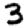
Digit: 3